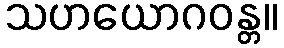
သဟယောဂဝန္တ။